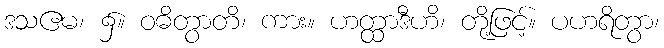
ဒသဧမ၊ ၌။ ဝဓိတွာတိ၊ ကား။ ဟတ္ထာဒီဟိ၊ တို့ဖြင့်။ ပဟရိတွာ၊